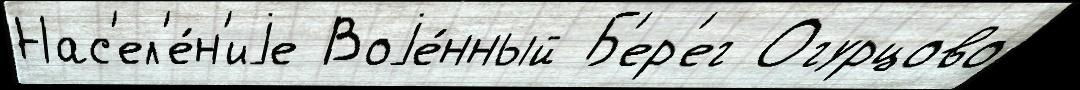
Нас'ел'е́н'иjе Воjе́нный Б'ер'ег Огурцово